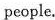
people.